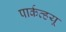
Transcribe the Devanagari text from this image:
पार्कव्हयू